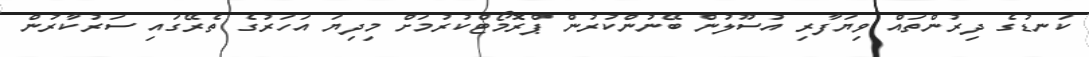
ކަނޑުގެ ދިރުންތައް ވިޔަފާރި އުސޫލުން ބޭނުންކުރުން ޕްރޮމޯޓްކުރުމަށް މިދިޔަ އަހަރުގެ ތެރޭގައި ސަރުކާރުން